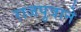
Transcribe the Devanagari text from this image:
राजपुत्राने